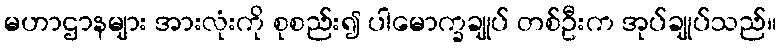
မဟာဌာနများ အားလုံးကို စုစည်း၍ ပါမောက္ခချုပ် တစ်ဦးက အုပ်ချုပ်သည်။